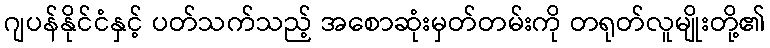
ဂျပန်နိုင်ငံနှင့် ပတ်သက်သည့် အစောဆုံးမှတ်တမ်းကို တရုတ်လူမျိုးတို့၏